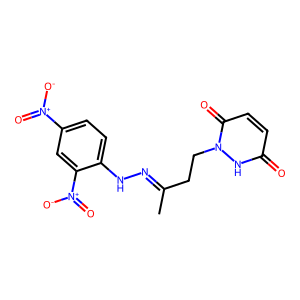
SMILES: CC(CCn1[nH]c(=O)ccc1=O)=NNc1ccc([N+](=O)[O-])cc1[N+](=O)[O-]
Inhibits HIV replication: No